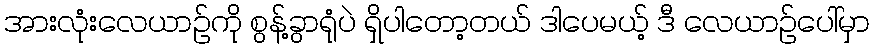
အားလုံးလေယာဉ်ကို စွန့်ခွာရုံပဲ ရှိပါတော့တယ် ဒါပေမယ့် ဒီ လေယာဉ်ပေါ်မှာ